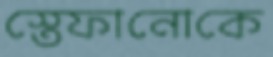
স্তেফানোকে